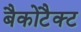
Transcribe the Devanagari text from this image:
बैकोटैक्ट